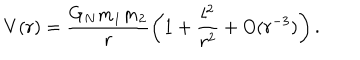
V ( r ) = \frac { G _ { N } m _ { 1 } m _ { 2 } } { r } \left( 1 + \frac { l ^ { 2 } } { r ^ { 2 } } + O ( r ^ { - 3 } ) \right) .